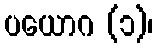
ပယောဂ (၁)၊